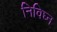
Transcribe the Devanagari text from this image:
निविघ्न